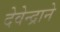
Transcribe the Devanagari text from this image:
देवेन्द्राने